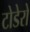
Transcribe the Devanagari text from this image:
टोडेरो